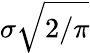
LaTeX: \sigma{\sqrt{2/\pi}}